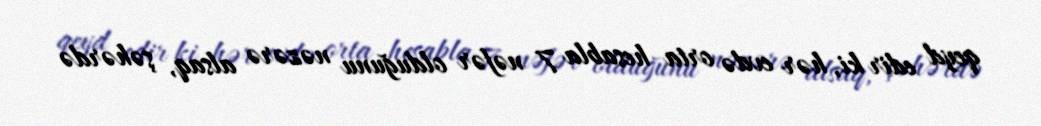
qeyd edir ki, hər evdə orta hesabla 7 nəfər olduğunu nəzərə alsaq, şəhərdə